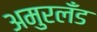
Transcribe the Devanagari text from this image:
अमुरलँंड